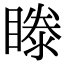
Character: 𥉋